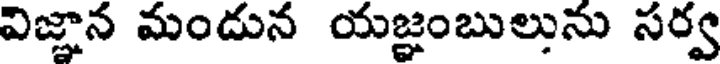
విజ్ఞాన మండున యజ్ఞంబులును సర్వ